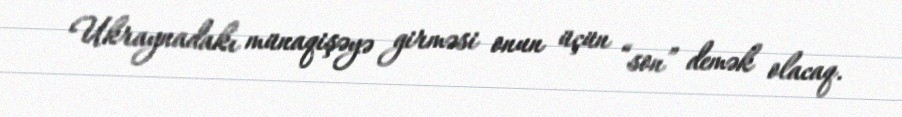
Ukraynadakı münaqişəyə girməsi onun üçün “son” demək olacaq.